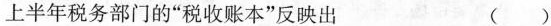
上半年税务部门的”税收账本”反映出 ( )